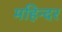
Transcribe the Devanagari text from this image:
महिन्दर